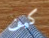
كيف